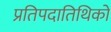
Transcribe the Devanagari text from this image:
प्रतिपदातिथिको